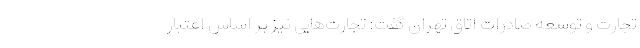
تجارت و توسعه صادرات اتاق تهران گفت: تجارت‌هایی نیز بر اساس اعتبار